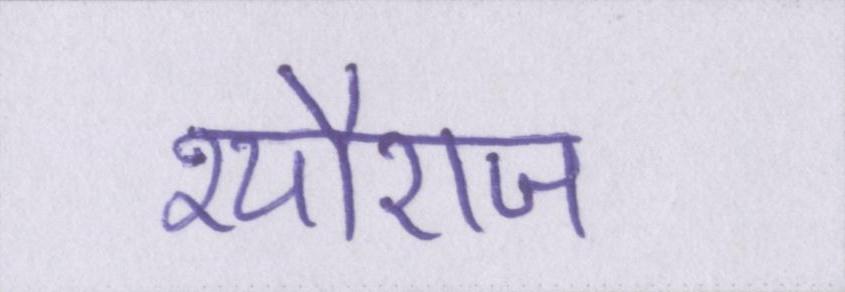
श्यौराज